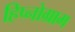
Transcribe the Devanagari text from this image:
हिप्नोग्राम